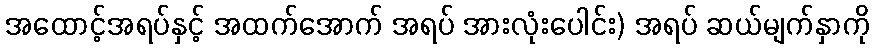
အထောင့်အရပ်နှင့် အထက်အောက် အရပ် အားလုံးပေါင်း) အရပ် ဆယ်မျက်နှာကို